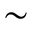
\sim